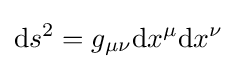
\mathrm {d} s^{2}=g_{\mu \nu }\mathrm {d} x^{\mu }\mathrm {d} x^{\nu }